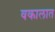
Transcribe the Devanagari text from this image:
वकालात